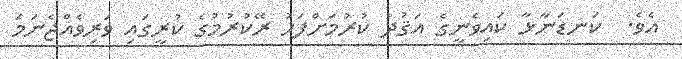
އެވެ.  ކަނޑަނާޅާ ކައިވެނީގެ އަޤުދު ކުރުމަށްފަހު ރޭކުރުމުގެ ކުރީގައި ވަރިވެއްޖެނަމަ